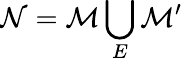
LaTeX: {\cal N}={\cal M}\bigcup_{E}{\cal M}^{\prime}